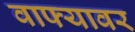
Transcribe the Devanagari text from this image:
वाफ्यावर